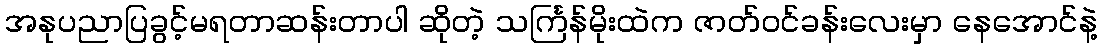
အနုပညာပြခွင့်မရတာဆန်းတာပါ ဆိုတဲ့ သင်္ကြန်မိုးထဲက ဇာတ်ဝင်ခန်းလေးမှာ နေအောင်နဲ့